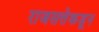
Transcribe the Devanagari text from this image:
राजसत्तेकडून